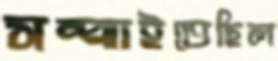
সম্‌ঝাইতেছিল